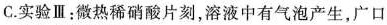
C.实验Ⅲ：微热稀硝酸片刻，溶液中有气泡产生，广口